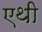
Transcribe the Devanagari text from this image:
एथी